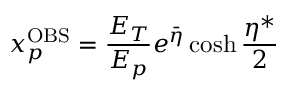
x _ { p } ^ { \mathrm { O B S } } = \frac { E _ { T } } { E _ { p } } e ^ { \bar { \eta } } \cosh \frac { \eta ^ { \ast } } { 2 }